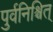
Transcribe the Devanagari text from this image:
पुर्वनिश्चित्